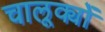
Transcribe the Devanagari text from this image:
चालूक्यों